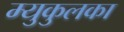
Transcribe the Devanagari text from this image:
म्युकुलका